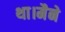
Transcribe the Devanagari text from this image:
था।मैने